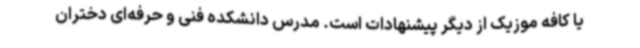
یا کافه موزیک از دیگر پیشنهادات است. مدرس دانشکده فنی و حرفه‌ای دختران